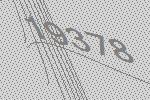
19378